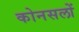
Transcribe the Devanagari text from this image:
कोनसलों